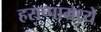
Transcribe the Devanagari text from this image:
हराप्पामध्ये